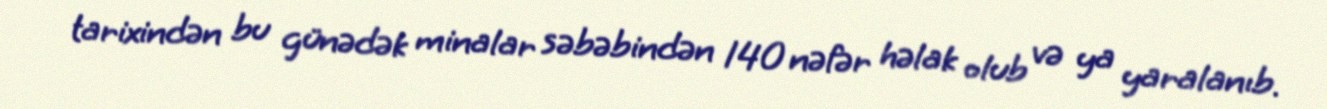
tarixindən bu günədək minalar səbəbindən 140 nəfər həlak olub və ya yaralanıb.